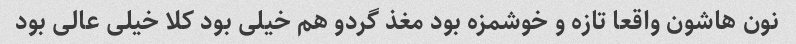
نون هاشون واقعا تازه و خوشمزه بود مغذ گردو هم خیلی بود کلا خیلی عالی بود